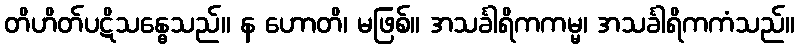
တိဟိတ်ပဋိသန္ဓေသည်။ န ဟောတိ၊ မဖြစ်။ အသင်္ခါရိကကမ္မ၊ အသင်္ခါရိကကံသည်။